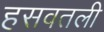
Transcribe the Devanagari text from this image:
हसवतली